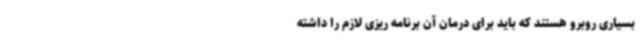
بسیاری روبرو هستند که باید برای درمان آن برنامه ریزی لازم را داشته